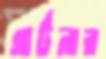
গার্টনার